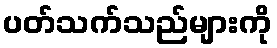
ပတ်သက်သည်များကို